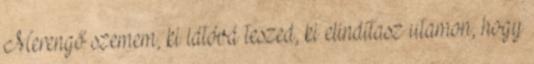
Merengő szemem, ki látóvá teszed, ki elindítasz utamon, hogy